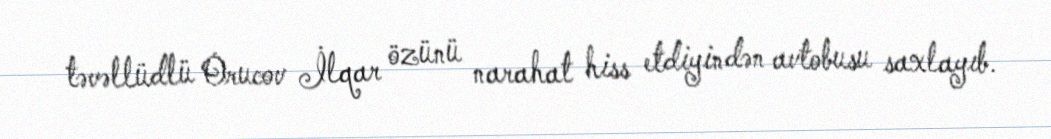
təvəllüdlü Orucov İlqar özünü narahat hiss etdiyindən avtobusu saxlayıb.